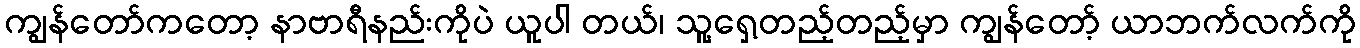
ကျွန်တော်ကတော့ နာဗာရီနည်းကိုပဲ ယူပါ တယ်၊ သူ့ရှေ့တည့်တည့်မှာ ကျွန်တော့် ယာဘက်လက်ကို